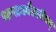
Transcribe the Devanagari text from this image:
भाषाकौटलीयम्